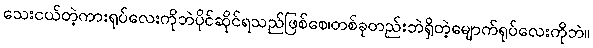
သေးငယ်တဲ့ကားရုပ်လေးကိုဘဲပိုင်ဆိုင်ရသည်ဖြစ်စေ၊တစ်ခုတည်းဘဲရှိတဲ့မျောက်ရုပ်လေးကိုဘဲ။